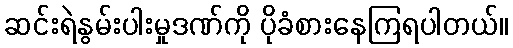
ဆင်းရဲနွမ်းပါးမှုဒဏ်ကို ပိုခံစားနေကြရပါတယ်။